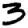
Digit: 3